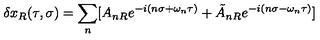
\delta x _ { R } ( \tau , \sigma ) = \sum _ { n } [ A _ { n R } e ^ { - i ( n \sigma + \omega _ { n } \tau ) } + \tilde { A } _ { n R } e ^ { - i ( n \sigma - \omega _ { n } \tau ) } ]